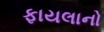
ફાયલાનો